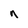
Character: n